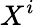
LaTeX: X^{i}